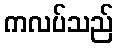
ကလပ်သည်